Report of the Indian Hemp Drugs Commission, 1894-1895 - Volume I
Year: 1894
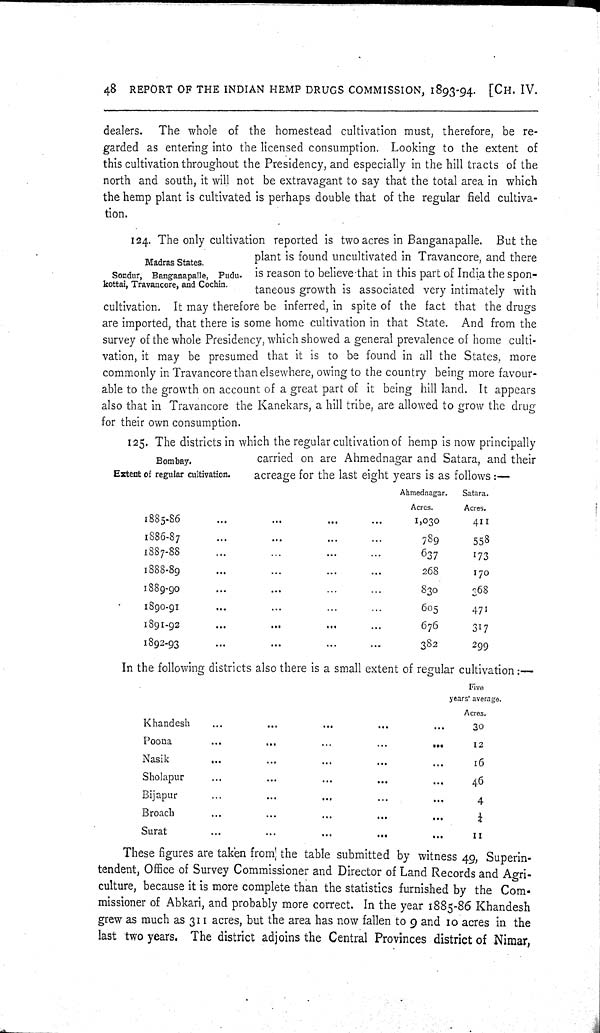
48 REPORT OF THE INDIAN HEMP DRUGS COMMISSION, 1893-94. [CH. IV.
dealers. The whole of the homestead cultivation must, therefore, be re-
garded as entering into the licensed consumption. Looking to the extent of
this cultivation throughout the Presidency, and especially in the hill tracts of the
north and south, it will not be extravagant to say that the total area in which
the hemp plant is cultivated is perhaps double that of the regular field cultiva-
tion.
Madras States.
Sondur, Banganapalle, Pudu-
kottai, Travancore, and Cochin.
124. The only cultivation reported is two acres in Banganapalle. But the
plant is found uncultivated in Travancore, and there
is reason to believe that in this part of India the spon-
taneous growth is associated very intimately with
cultivation. It may therefore be inferred, in spite of the fact that the drugs
are imported, that there is some home cultivation in that State. And from the
survey of the whole Presidency, which showed a general prevalence of home culti-
vation, it may be presumed that it is to be found in all the States, more
commonly in Travancore than elsewhere, owing to the country being more favour-
able to the growth on account of a great part of it being hill land. It appears
also that in Travancore the Kanekars, a hill tribe, are allowed to grow the drug
for their own consumption.
Bombay.
Extent of regular cultivation.
125. The districts in which the regular cultivation of hemp is now principally
carried on are Ahmednagar and Satara, and their
acreage for the last eight years is as follows:—
Ahmednagar.
Satara.
Acres.
Acres.
1885-86
1,030
411
1886-87
789
558
1887-88
637
173
1888-89
268
170
1889-90
830
368
1890-91
605
471
1891-92
676
317
1892-93
382
299
In the following districts also there is a small extent of regular cultivation:—
Five
years' average.
Khandesh
Acres.
30
Poona
12
Nasik
16
Sholapur
46
Bijapur
4
Broach
1/4
Surat
11
These figures are taken from the table submitted by witness 49, Superin-
tendent, Office of Survey Commissioner and Director of Land Records and Agri-
culture, because it is more complete than the statistics furnished by the Com-
missioner of Abkari, and probably more correct. In the year 1885-86 Khandesh
grew as much as 311 acres, but the area has now fallen to 9 and 10 acres in the
last two years. The district adjoins the Central Provinces district of Nimar,